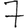
Digit: 7